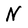
Character: N